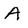
Character: A